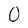
Character: O